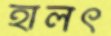
হালৎ